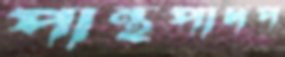
পান্থপাদপ